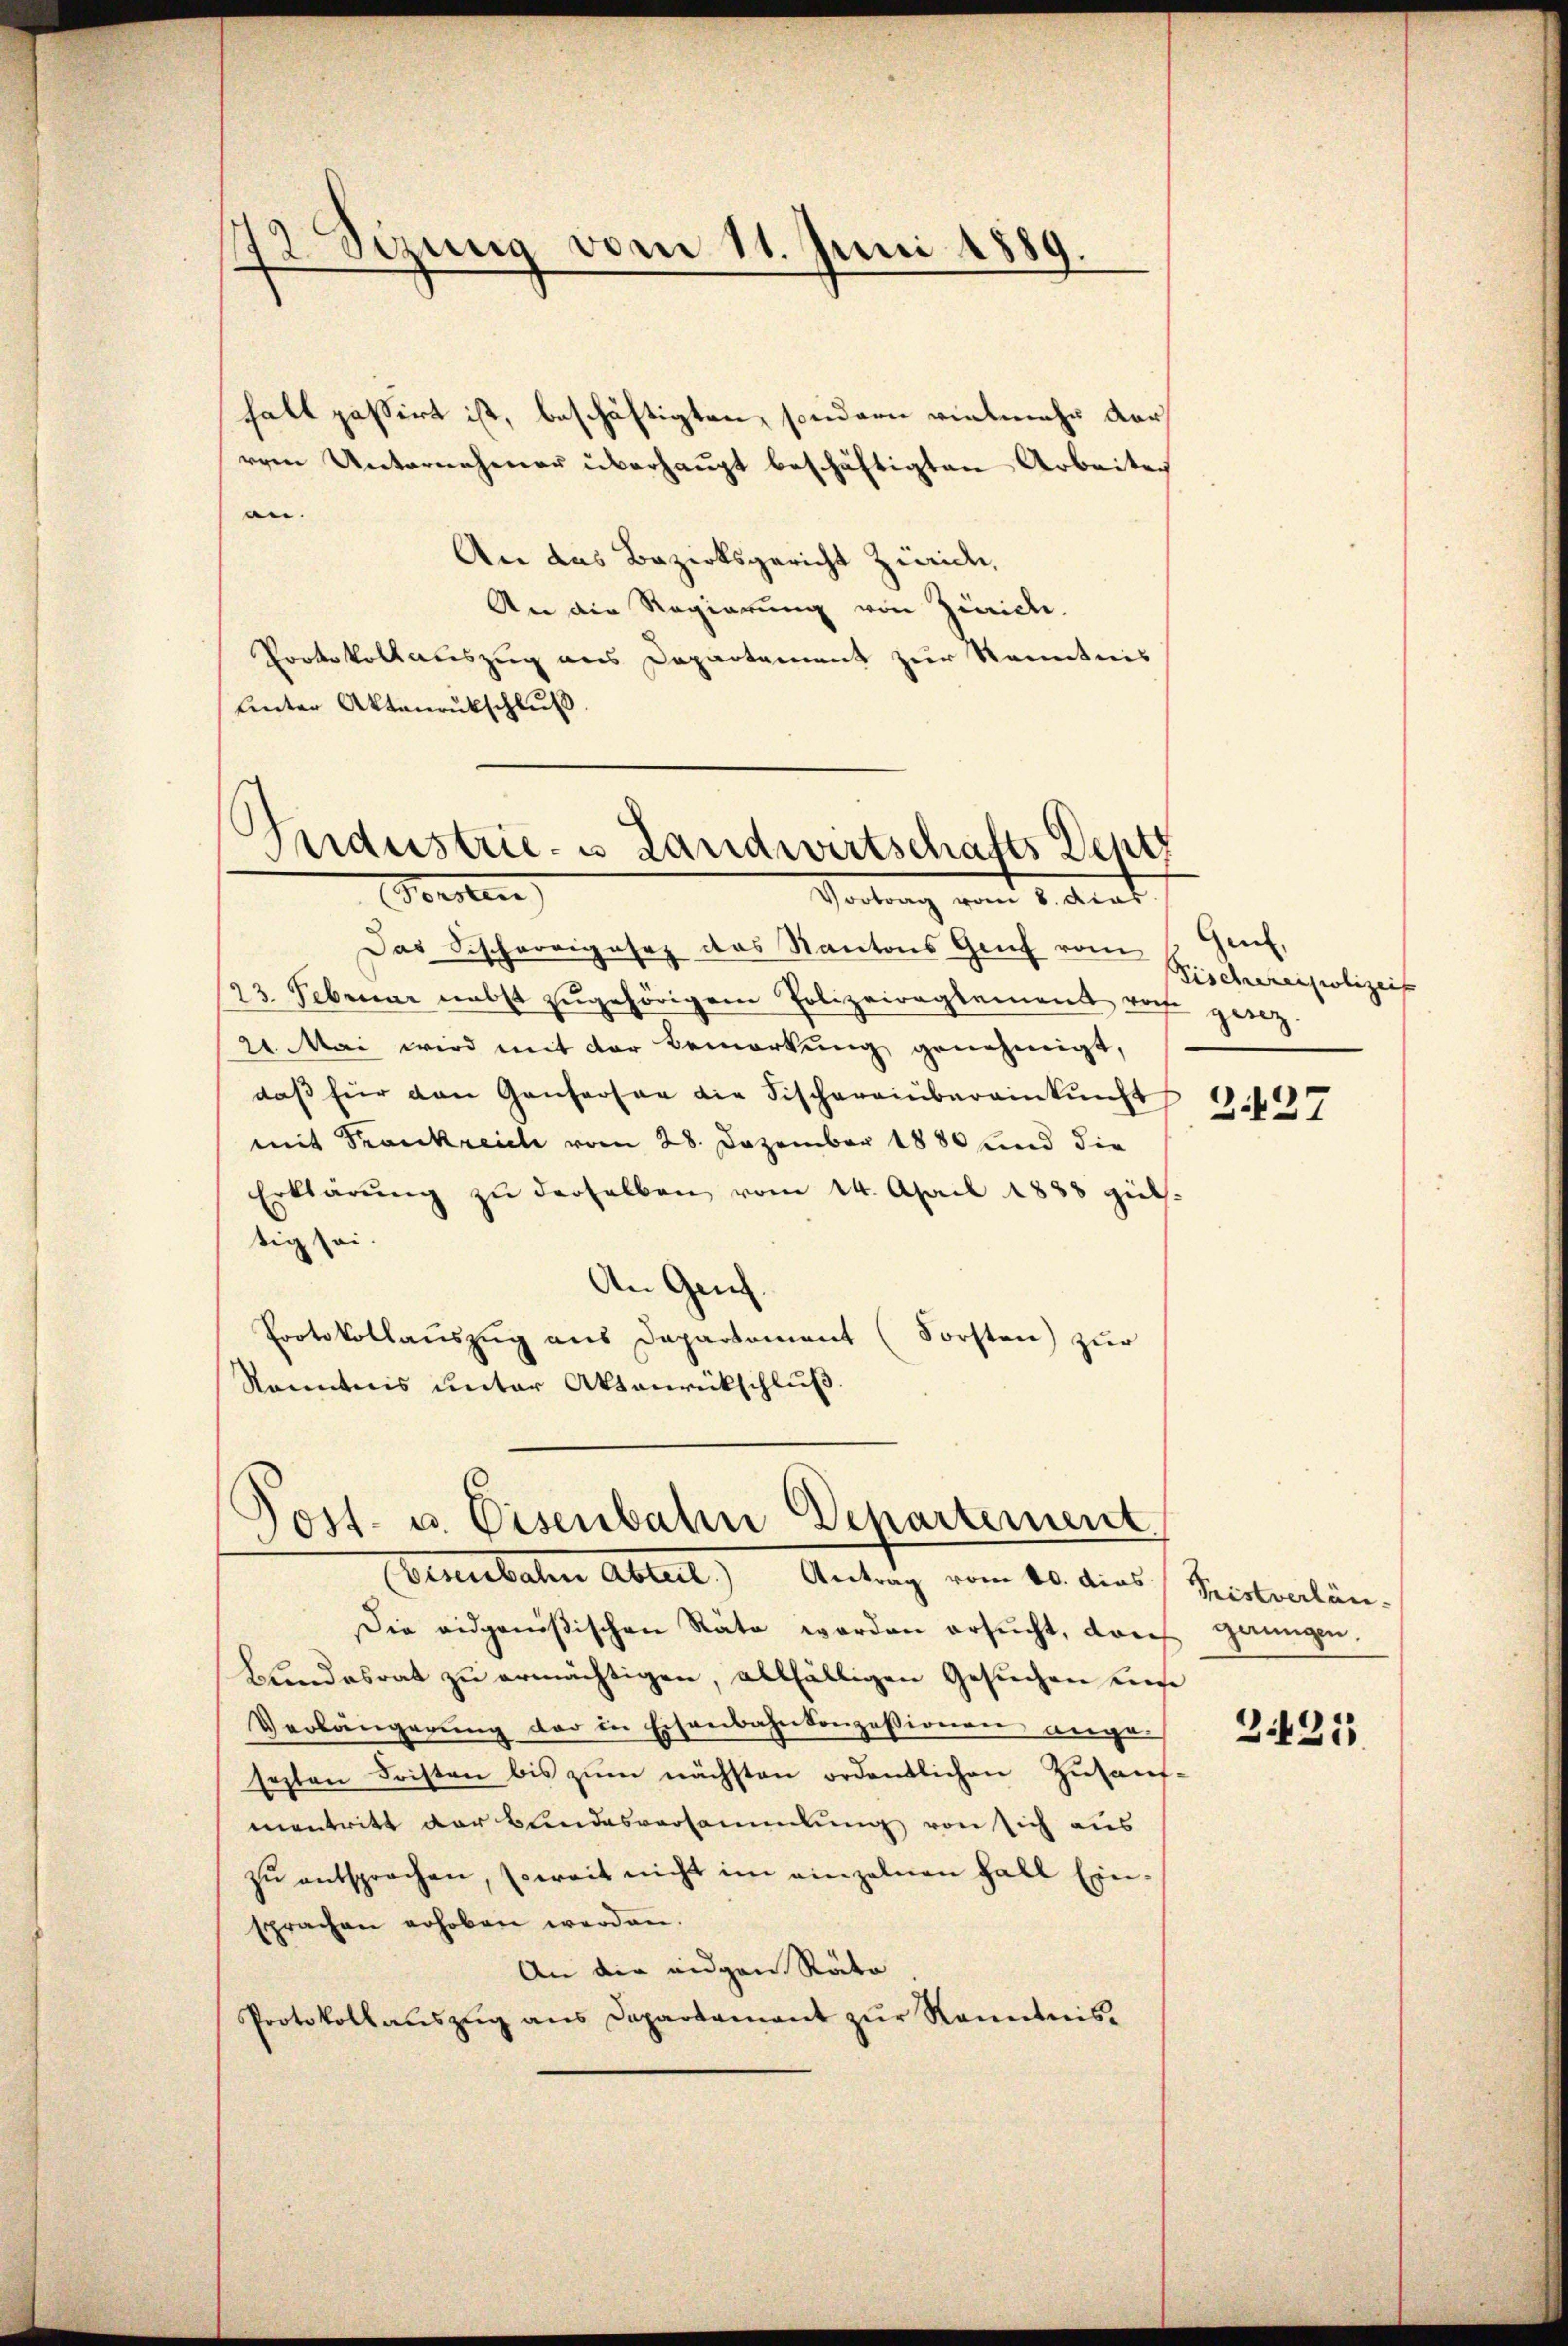
72. Sizung vom 11. Juni 1889.

halt passirt ist, beschäftigten, sondern vielmehr darrren Unternehmer überhaŭpt beschäftigten Arbeiten
an.
An das Bezirksgericht Zürich,
An die Regierung von Zürich.
Protokollauszug aus Departement zur Kenntnis
Unter Aktenrückschluß.

Industrie- u Landwirtschafts Dentz
Vorsten
Vortrag vom 3. Art.

Post- u. Eisenbahn Departement
Besenbahn Abteil) Antrag vom 10. dies Fristverlän¬

Das Fischereigesez das Kantons Genf vom 1. Genf,
123. Februar nebst zŭgehörigen Polizeireglement vor gesez
2 Mai wird mit der Bemerkung genehmigt,
daβ für den Genferson die Fischereinbereinkunft
mit Frankreich vom 28. Dezember 1880 und die
Erklärŭng zŭ derselben vom 14. April 1888 gül-
tig sei
An Genf.
Protokollauszug aus Departement (Forsten) zur
Kenntnis unter Aktenrückschluß.

Die eidgenößischen Räte werden ersucht, doch ganngen.
Bundesrat zu ermächtigen, allfälligen Gesuchen unse
Verlängerŭng der in Eisenbahnkonzessionen ange-
sezten Fristen bis zŭm nächsten ordentlichen Zŭtauf-
mentritt der Bundesversammlung von sich aus
zŭ entsprochen, soweit nicht im einzelnen Fall Einsprachen erhoben werden.
An die eidgen Räte
Protokollaŭszŭg ans Departamant zŭr Kenntnis.

Fischerenpolizeis
Z.127

2425